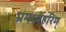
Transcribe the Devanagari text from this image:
भ्रमध्येहरिम्